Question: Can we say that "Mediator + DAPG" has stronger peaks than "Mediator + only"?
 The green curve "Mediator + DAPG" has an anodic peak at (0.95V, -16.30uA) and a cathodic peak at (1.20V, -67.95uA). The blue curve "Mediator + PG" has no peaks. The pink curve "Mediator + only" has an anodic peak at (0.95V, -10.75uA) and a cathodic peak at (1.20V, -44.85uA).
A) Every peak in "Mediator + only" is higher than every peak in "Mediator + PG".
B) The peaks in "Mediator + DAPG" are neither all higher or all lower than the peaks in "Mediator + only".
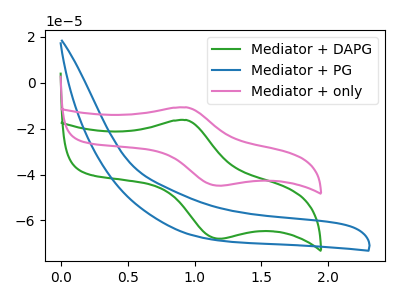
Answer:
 <answer>B) The peaks in "Mediator + DAPG" are neither all higher or all lower than the peaks in "Mediator + only".</answer>
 <eval>B</eval>